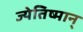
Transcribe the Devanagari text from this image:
ज्येतिष्मान्